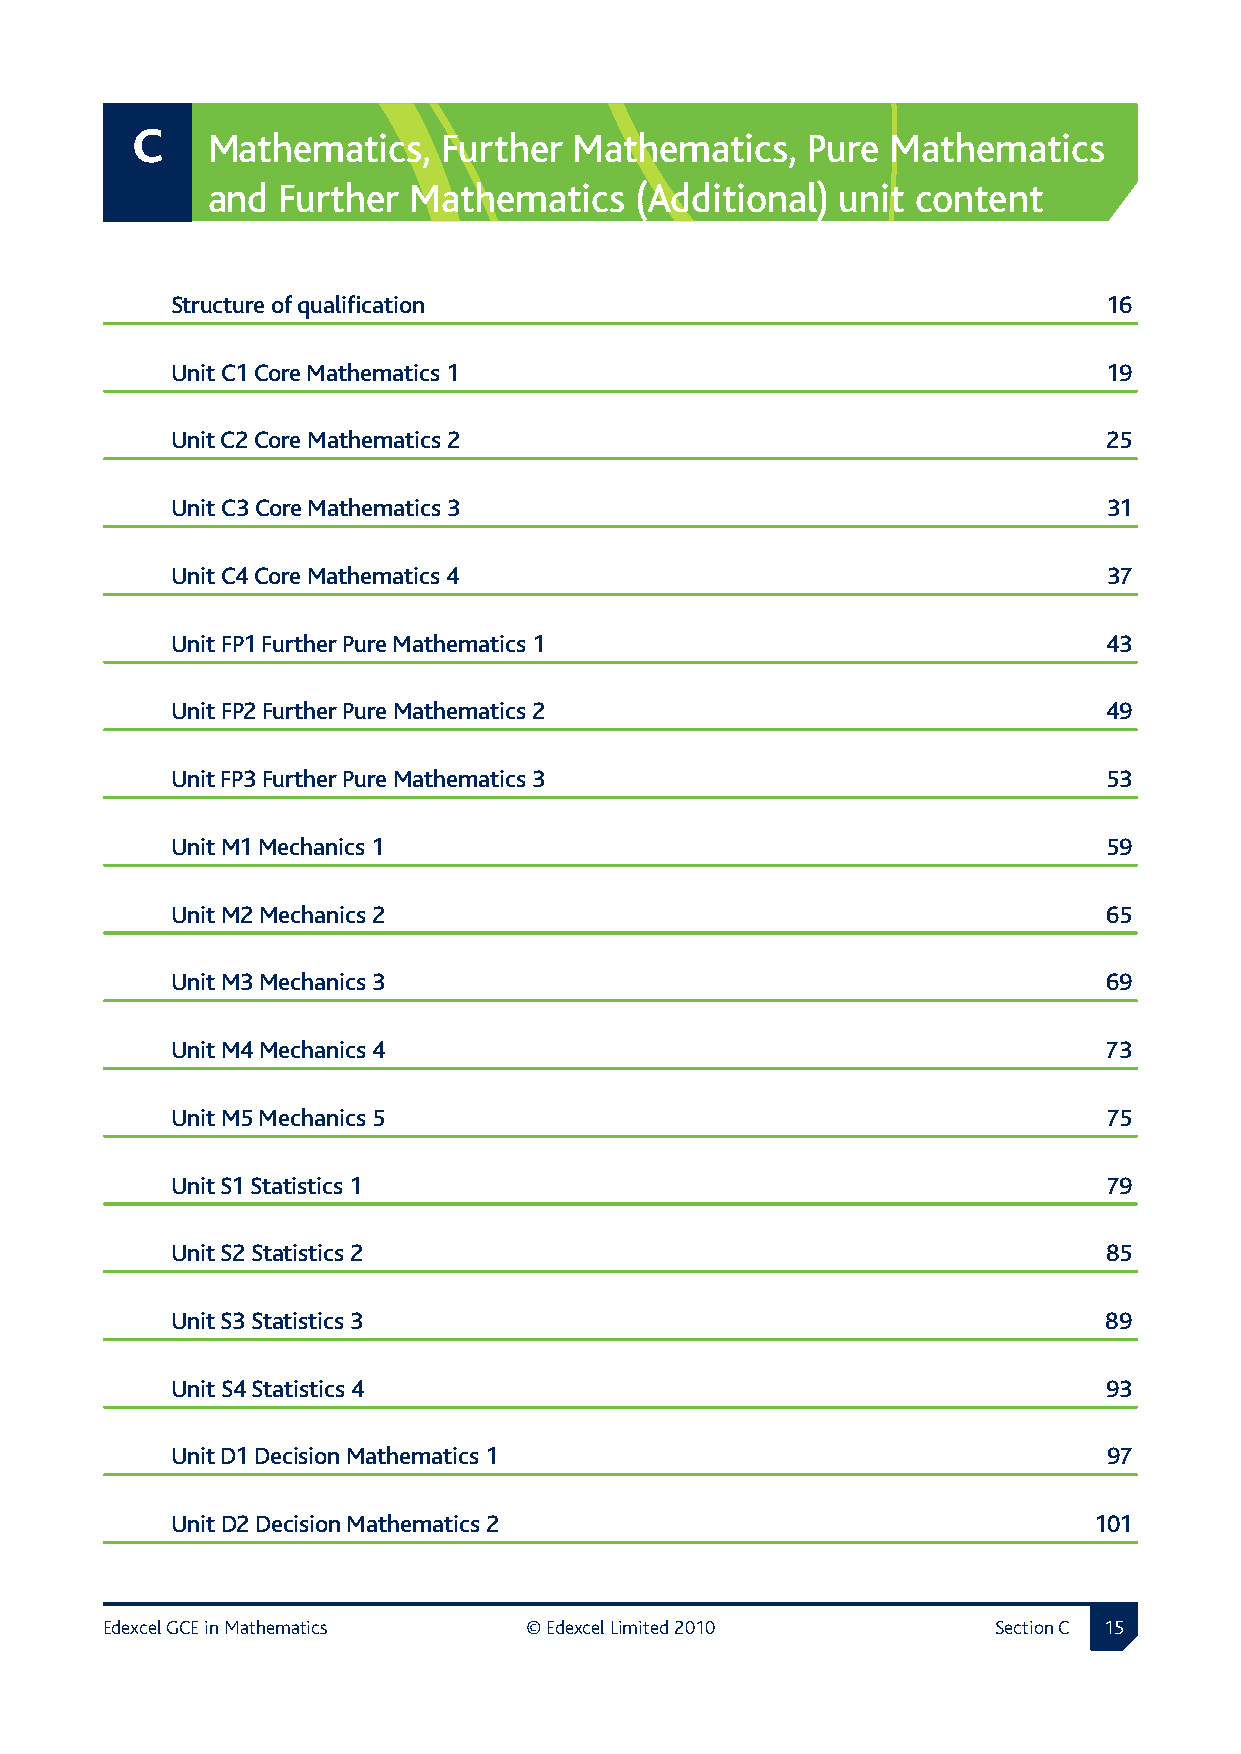
C
 Mathematics,   Further  Mathematics,   Pure  Mathematics
 and Further  Mathematics    (Additional)  unit content
 Structure of qualification                                    16
 Unit C1 Core Mathematics 1                                    19
 Unit C2 Core Mathematics 2                                    25
 Unit C3 Core Mathematics 3                                    31
 Unit C4 Core Mathematics 4                                    37
 Unit FP1 Further Pure Mathematics 1                           43
 Unit FP2 Further Pure Mathematics 2                           49
 Unit FP3 Further Pure Mathematics 3                           53
 Unit M1 Mechanics 1                                           59
 Unit M2 Mechanics 2                                           65
 Unit M3 Mechanics 3                                           69
 Unit M4 Mechanics 4                                           73
 Unit M5 Mechanics 5                                           75
 Unit S1 Statistics 1                                          79
 Unit S2 Statistics 2                                          85
 Unit S3 Statistics 3                                          89
 Unit S4 Statistics 4                                          93
 Unit D1 Decision Mathematics 1                                97
 Unit D2 Decision Mathematics 2                               101
 Edexcel GCE in Mathematics  © Edexcel Limited 2010         Section C 1